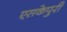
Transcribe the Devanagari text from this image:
एसकेपुरी